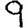
Digit: 9